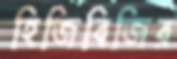
হিজিবিজির